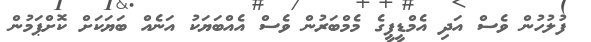
ފުލުހުން ވެސް އަދި އެމްޑީޕީގެ މެމްބަރުން ވެސް އެއްބަޔަކު އަނެއް ބަޔަކަށް ކޮށްޕަމުން